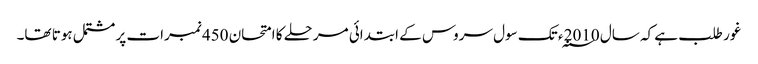
غور طلب ہے کہ سال 2010 ؁ء تک سول سروس کے ابتدائی مرحلے کا امتحان 450 نمبرات پر مشتمل ہوتا تھا۔